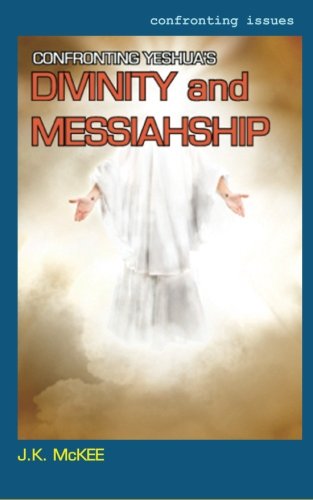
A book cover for Confronting Yeshua's Divinity and Messiahship; J.K. McKee; Christian Books & Bibles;